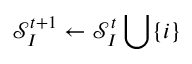
\mathcal { S } _ { I } ^ { t + 1 } \leftarrow \mathcal { S } _ { I } ^ { t } \bigcup \{ i \}